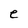
Character: e